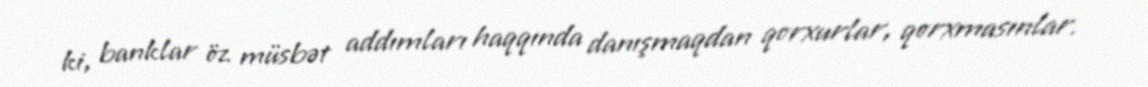
ki, banklar öz müsbət addımları haqqında danışmaqdan qorxurlar, qorxmasınlar.